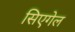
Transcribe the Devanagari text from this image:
सिएगेल